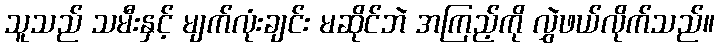
သူသည် သမီးနှင့် မျက်လုံးချင်း မဆိုင်ဘဲ အကြည့်ကို လွှဲဖယ်လိုက်သည်။